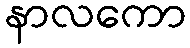
နာလကော